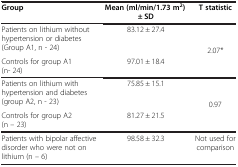
| Group | Mean (ml/min/1.73 m2) ± SD | T statistic |
 | --- | --- | --- |
 | Patients on lithium without hypertension or diabetes (Group A1, n - 24) | 83.12 ± 27.4 | <ROWSPAN=2> 2.07* |
 | Controls for group A1 (n- 24) | 97.01 ± 18.4 |
 | Patients on lithium with hypertension and diabetes (group A2, n - 23) | 75.85 ± 15.1 | <ROWSPAN=2> 0.97 |
 | Controls for group A2 (n – 23) | 81.27 ± 21.5 |
 | Patients with bipolar affective disorder who were not on lithium (n – 6) | 98.58 ± 32.3 | Not used for comparison |